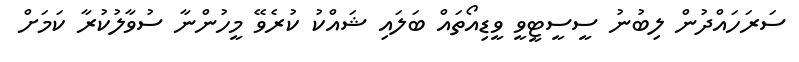
ސަރަހައްދުން ލިބުނު ސީސީޓީވީ ވީޑިއޯތައް ބަލައި ޝައްކު ކުރެވޭ މީހުންނާ ސުވާލުކުރާ ކަމަށް